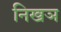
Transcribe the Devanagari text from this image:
निखञ